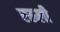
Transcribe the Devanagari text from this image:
ररूली